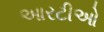
આરટીઓ